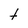
Character: t